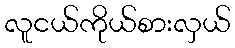
လူငယ်ကိုယ်စားလှယ်